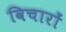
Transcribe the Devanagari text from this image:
विचारों